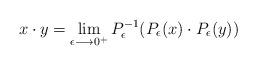
LaTeX: \begin{align*}x \cdot y = \lim_{\epsilon \longrightarrow 0^+} P_{\epsilon}^{-1}(P_{\epsilon}(x)\cdot P_{\epsilon}(y))\end{align*}